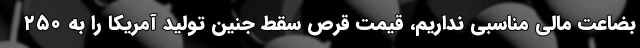
بضاعت مالی مناسبی نداریم، قیمت قرص سقط جنین تولید آمریکا را به ۲۵۰